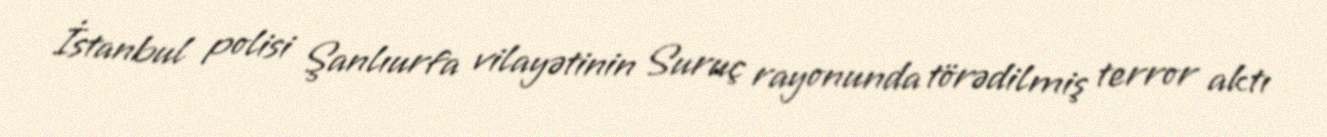
İstanbul polisi Şanlıurfa vilayətinin Suruç rayonunda törədilmiş terror aktı